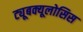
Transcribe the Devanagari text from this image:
ट्यूबक्यूलोसिस